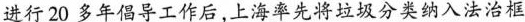
进行20多年倡导工作后，上海率先将垃圾分类纳入法治框